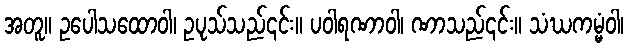
အတူ။ ဥပေါသထောဝါ၊ ဥပုသ်သည်၎င်း။ ပဝါရဏာဝါ၊ ဏာသည်၎င်း။ သံဃကမ္မံဝါ၊